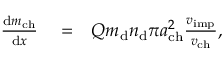
\begin{array} { r l r } { \frac { \mathrm { d } m _ { \mathrm { c h } } } { \mathrm { d } x } } & { { } = } & { Q m _ { \mathrm { d } } n _ { \mathrm { d } } \pi a _ { \mathrm { c h } } ^ { 2 } \frac { v _ { \mathrm { i m p } } } { v _ { \mathrm { c h } } } , } \end{array}